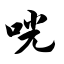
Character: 咣